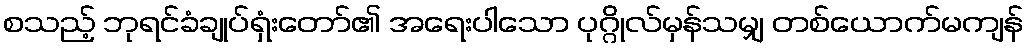
စသည့် ဘုရင်ခံချုပ်ရှံးတော်၏ အရေးပါသော ပုဂ္ဂိုလ်မှန်သမျှ တစ်ယောက်မကျန်